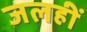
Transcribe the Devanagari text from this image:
जलहीं